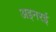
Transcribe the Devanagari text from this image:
अइनरई